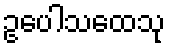
ဥပေါသထေသု